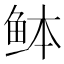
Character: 𫚏